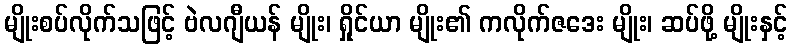
မျိုးစပ်လိုက်သဖြင့် ဗဲလဂျီယန် မျိုး၊ ရှိုင်ယာ မျိုး၏ ကလိုက်ဇဒေး မျိုး၊ ဆပ်ဖို့ မျိုးနှင့်